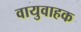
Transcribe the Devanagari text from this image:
वायुवाहक